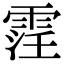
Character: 䨙